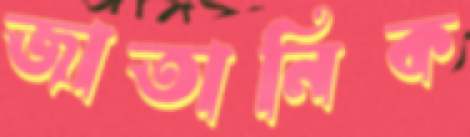
জাতানিক